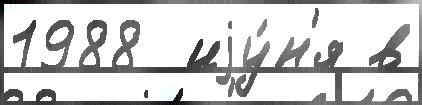
1988  иjу́н'я в